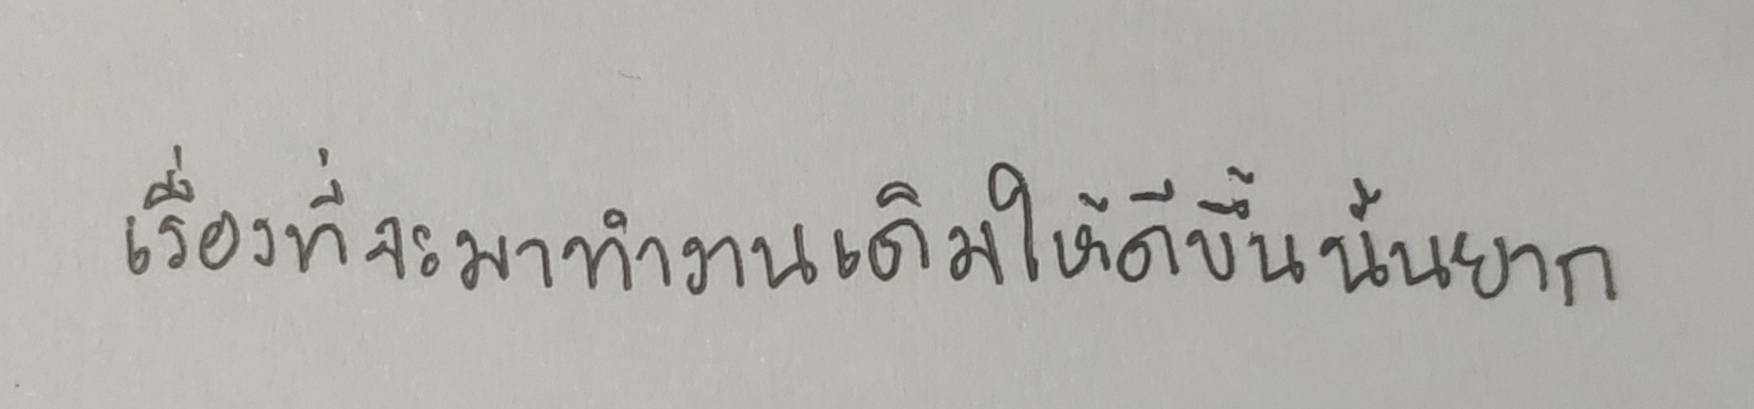
เรื่องที่จะมาทำงานเดิมให้ดีขึ้นนั้นหายาก"